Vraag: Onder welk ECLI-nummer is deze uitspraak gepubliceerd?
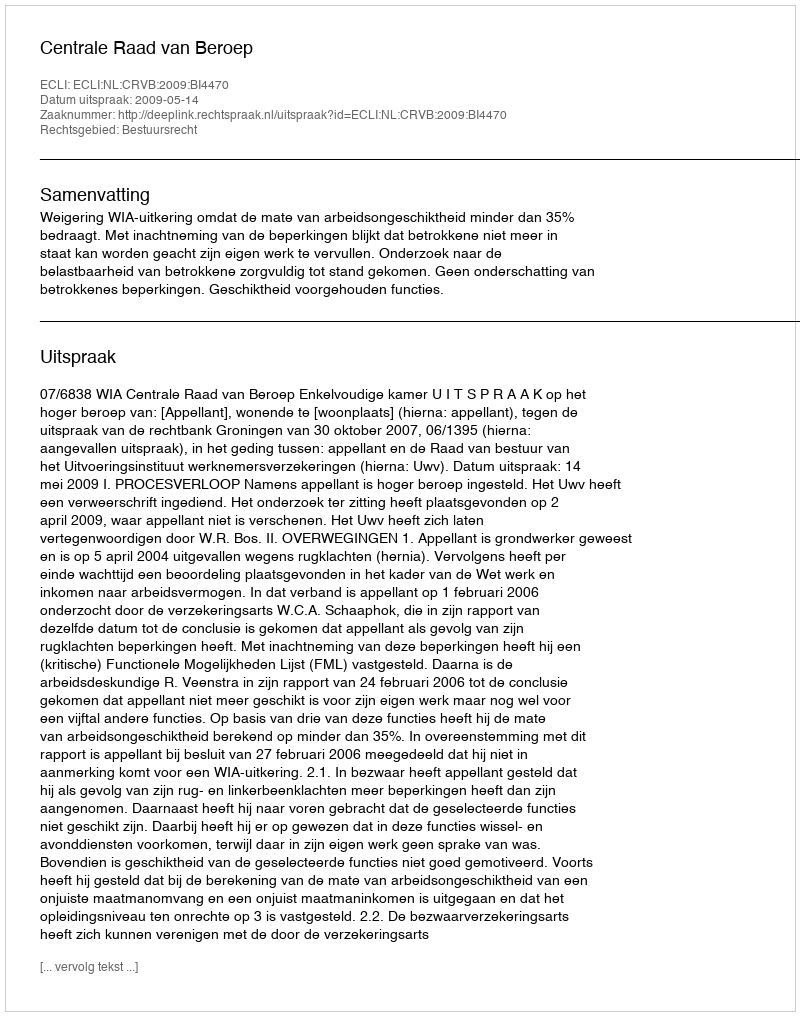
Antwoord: ECLI:NL:CRVB:2009:BI4470